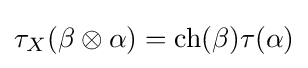
\tau _{X}(\beta \otimes \alpha )=\operatorname {ch} (\beta )\tau (\alpha )